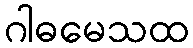
ဂါဓမေသထ